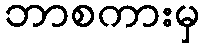
ဘာစကားမှ